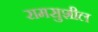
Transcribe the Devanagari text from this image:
रामसुशील